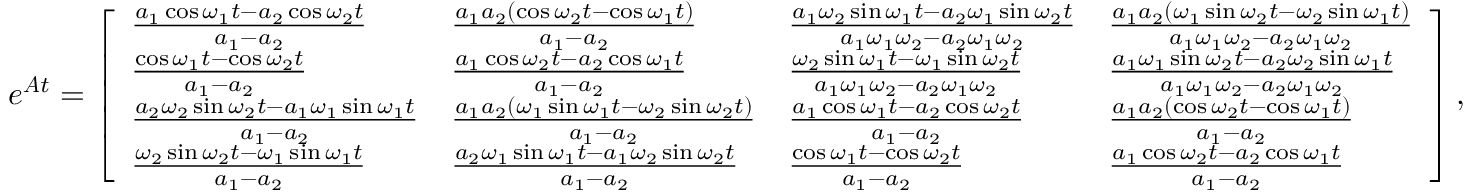
e ^ { \boldsymbol { A } t } = \left[ \begin{array} { l l l l } { \frac { a _ { 1 } \cos \omega _ { 1 } t - a _ { 2 } \cos \omega _ { 2 } t } { a _ { 1 } - a _ { 2 } } } & { \frac { a _ { 1 } a _ { 2 } ( \cos \omega _ { 2 } t - \cos \omega _ { 1 } t ) } { a _ { 1 } - a _ { 2 } } } & { \frac { a _ { 1 } \omega _ { 2 } \sin \omega _ { 1 } t - a _ { 2 } \omega _ { 1 } \sin \omega _ { 2 } t } { a _ { 1 } \omega _ { 1 } \omega _ { 2 } - a _ { 2 } \omega _ { 1 } \omega _ { 2 } } } & { \frac { a _ { 1 } a _ { 2 } ( \omega _ { 1 } \sin \omega _ { 2 } t - \omega _ { 2 } \sin \omega _ { 1 } t ) } { a _ { 1 } \omega _ { 1 } \omega _ { 2 } - a _ { 2 } \omega _ { 1 } \omega _ { 2 } } } \\ { \frac { \cos \omega _ { 1 } t - \cos \omega _ { 2 } t } { a _ { 1 } - a _ { 2 } } } & { \frac { a _ { 1 } \cos \omega _ { 2 } t - a _ { 2 } \cos \omega _ { 1 } t } { a _ { 1 } - a _ { 2 } } } & { \frac { \omega _ { 2 } \sin \omega _ { 1 } t - \omega _ { 1 } \sin \omega _ { 2 } t } { a _ { 1 } \omega _ { 1 } \omega _ { 2 } - a _ { 2 } \omega _ { 1 } \omega _ { 2 } } } & { \frac { a _ { 1 } \omega _ { 1 } \sin \omega _ { 2 } t - a _ { 2 } \omega _ { 2 } \sin \omega _ { 1 } t } { a _ { 1 } \omega _ { 1 } \omega _ { 2 } - a _ { 2 } \omega _ { 1 } \omega _ { 2 } } } \\ { \frac { a _ { 2 } \omega _ { 2 } \sin \omega _ { 2 } t - a _ { 1 } \omega _ { 1 } \sin \omega _ { 1 } t } { a _ { 1 } - a _ { 2 } } } & { \frac { a _ { 1 } a _ { 2 } ( \omega _ { 1 } \sin \omega _ { 1 } t - \omega _ { 2 } \sin \omega _ { 2 } t ) } { a _ { 1 } - a _ { 2 } } } & { \frac { a _ { 1 } \cos \omega _ { 1 } t - a _ { 2 } \cos \omega _ { 2 } t } { a _ { 1 } - a _ { 2 } } } & { \frac { a _ { 1 } a _ { 2 } ( \cos \omega _ { 2 } t - \cos \omega _ { 1 } t ) } { a _ { 1 } - a _ { 2 } } } \\ { \frac { \omega _ { 2 } \sin \omega _ { 2 } t - \omega _ { 1 } \sin \omega _ { 1 } t } { a _ { 1 } - a _ { 2 } } } & { \frac { a _ { 2 } \omega _ { 1 } \sin \omega _ { 1 } t - a _ { 1 } \omega _ { 2 } \sin \omega _ { 2 } t } { a _ { 1 } - a _ { 2 } } } & { \frac { \cos \omega _ { 1 } t - \cos \omega _ { 2 } t } { a _ { 1 } - a _ { 2 } } } & { \frac { a _ { 1 } \cos \omega _ { 2 } t - a _ { 2 } \cos \omega _ { 1 } t } { a _ { 1 } - a _ { 2 } } } \end{array} \right] ,